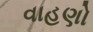
વાહણો